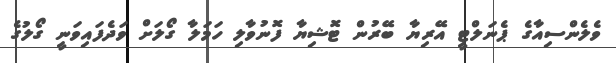
ވެލެންސިއާގެ ޕެނަލްޓީ އޭރިޔާ ބޭރުން ޓޮޝިޔާ ފޮނުވާލި ހަމަލާ ގޯލަށް ވަދެފައިވަނީ ގޯލުގެ